Annual administration report of the Civil Veterinary Department of India - 1899-1900
Year: 1899
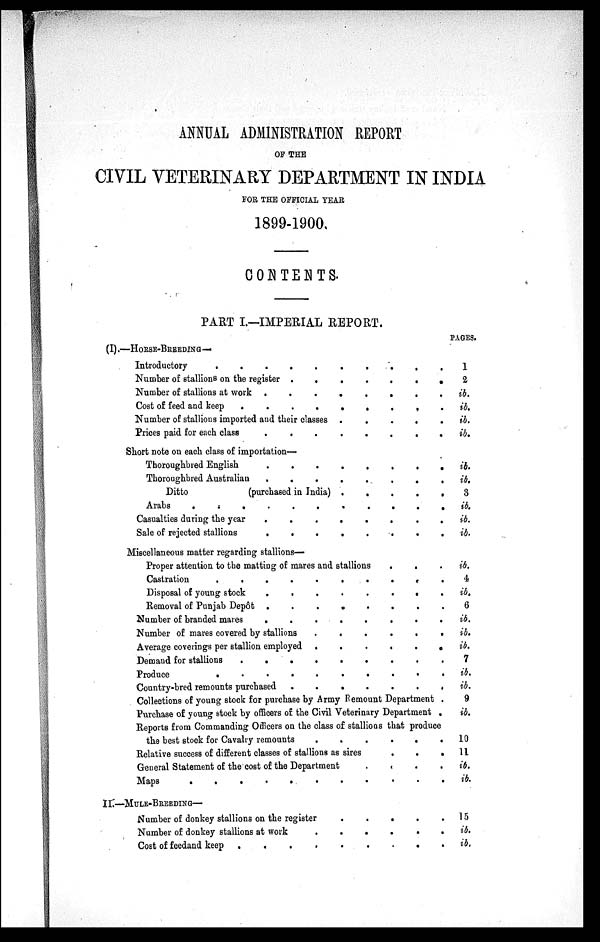
ANNUAL ADMINISTRATION REPORT
OF THE
CIVIL VETERINARY DEPARTMENT IN INDIA
FOR THE OFFICIAL YEAR
1899-1900.
CONTENTS.
PART I.—IMPERIAL REPORT.
(I).—HORSE-BREEDING—
Introductory
.
.
.
.
.
.
Number of stallions on the register .
.
.
.
.
.
.
Number of stallions at work .
.
.
.
.
.
.
Cost of feed and keep
.
.
.
.
.
.
Number of stallions imported and their classes
.
.
.
.
.
.
Prices paid for each class
.
.
.
.
.
.
.
.
Short note on each class of importation—
Thoroughbred English
.
.
.
.
.
.
.
.
Thoroughbred Australian
.
.
.
.
.
.
Ditto
(purchased in India)
.
.
.
.
.
.
Arabs
.
.
.
.
.
.
.
.
.
Casualties during the year
.
.
.
.
.
.
.
.
Sale of rejected stallions
.
.
.
.
.
.
.
.
Miscellaneous matter regarding stallions—
Proper attention to the matting of mares and stallions
.
.
Castration
.
.
.
.
.
.
.
.
.
Disposal of young stock
.
.
.
.
.
.
.
.
Removal of Punjab Depôt .
.
.
.
.
.
.
Number of branded mares
.
.
.
.
.
.
.
.
Number of mares covered by stallions
.
. .
.
.
.
.
Average coverings per stallion employed .
.
.
.
.
.
Demand for stallions
.
.
.
.
.
.
.
.
.
Produce
.
.
.
.
.
.
.
.
.
.
Country-bred remounts purchased .
.
.
.
.
.
.
Collections of young stock for purchase by Army Remount Department .
Purchase of young stock by officers of the Civil Veterinary Department .
Reports from Commanding Officers on the class of stallions that produce
the best stock for Cavalry remounts
.
.
.
.
.
.
Relative success of different classes of stallions as sires
.
.
.
General Statement of the cost of the Department
.
.
.
Maps
.
.
.
.
.
.
.
.
.
.
.
II.—MULE-BREEDING—
Number of donkey stallions on the register
.
.
.
.
.
.
Number of donkey stallions at work
.
.
.
.
.
.
Cost of feedand keep .
.
.
.
.
.
.
.
.
PAGES.
1
2
ib.
ib.
ib.
ib.
ib.
ib.
3
ib.
ib.
ib.
ib.
4
ib.
6
ib.
ib*
ib.
7
ib.
ib.
9
ib.
10
11
ib.
ib.
15
ib.
ib.